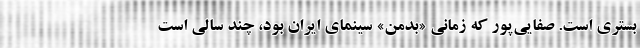
بستری است. صفایی‌پور که زمانی «بدمن» سینمای ایران بود، چند سالی است